Palivere_vallavalitsus, lk 3
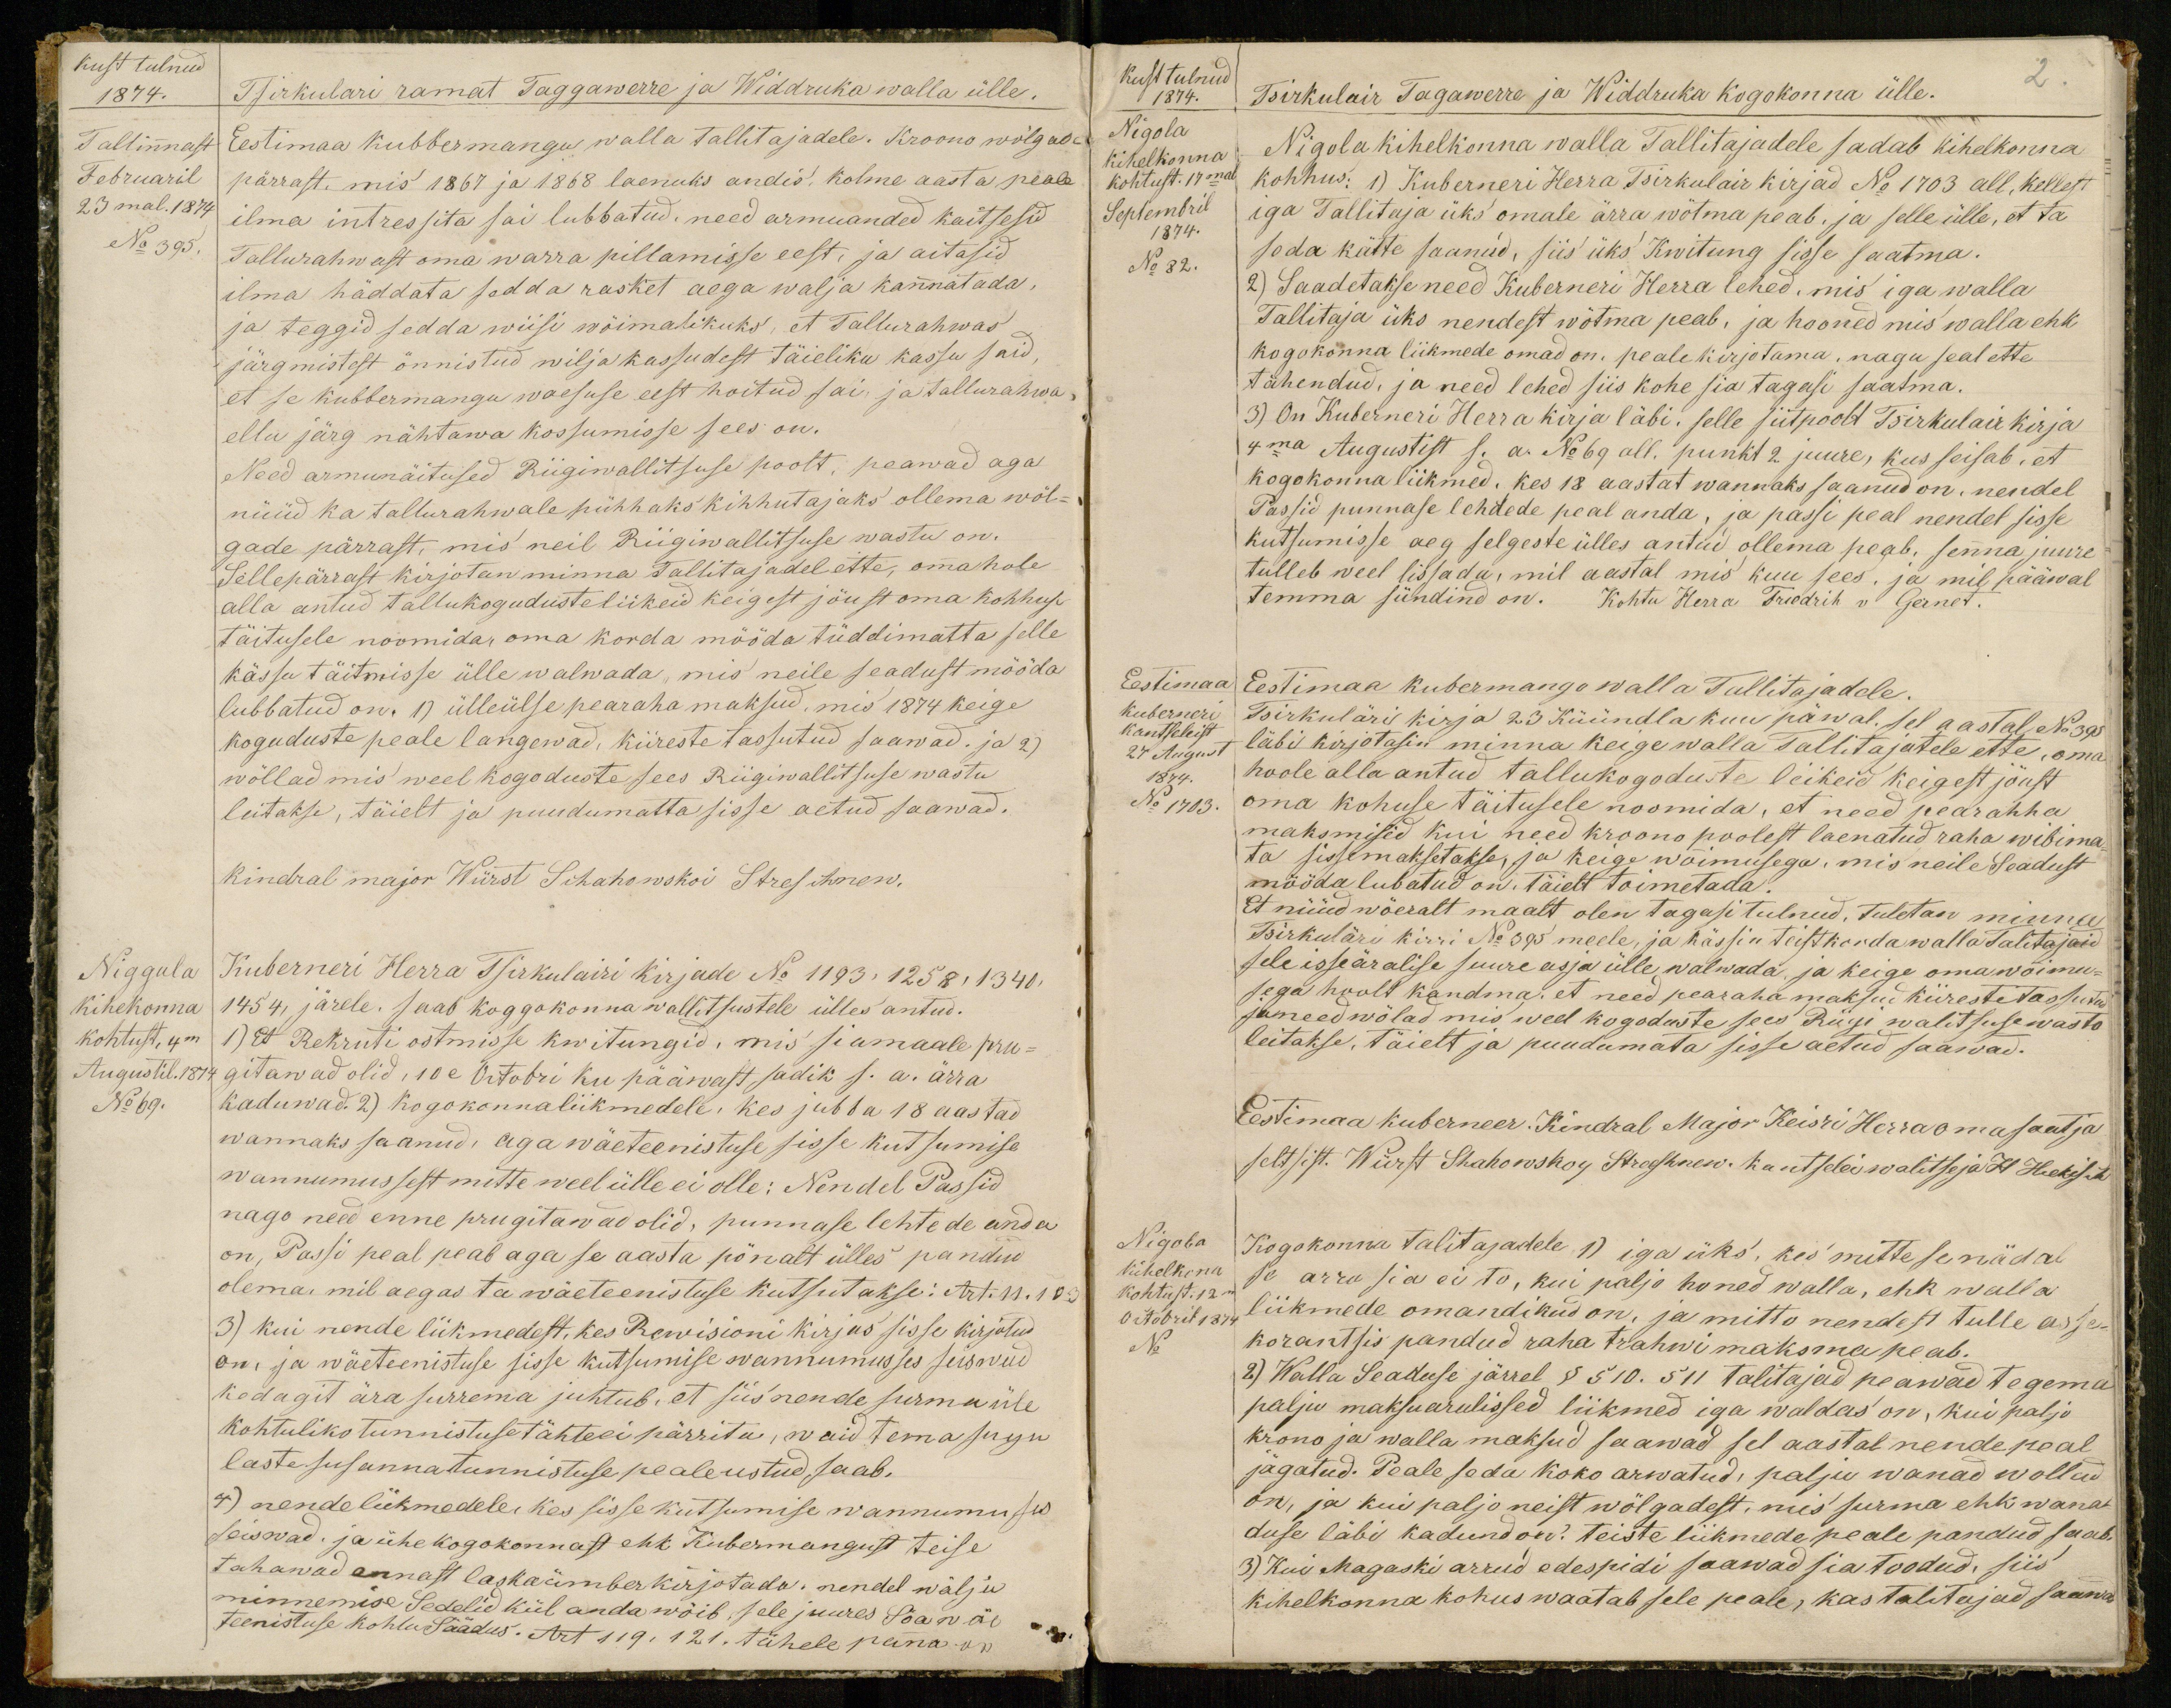
kust tulnud
1874.
Tallinnast
Februaril
23mal. 1874
No 395.
Tsirkulari ramat Taggawerre ja Widdruka walla ülle.
Eestimaa kubbermangu walla tallitajadele. Kroono wölgade
pärrast, mis 1867 ja 1868 laenuks andis. Kolme aasta peale
ilma intressita sai lubbatud. need armuanded kaitsesid
Tallurahwast oma warra pillamisse eest, ja aitasid
ilma häddata sedda rasket aega walja kannatada,
ja teggid sedda wiisi wöimalikuks, et Tallurahwas
järgmistest önnistud wilja kassudest täieliku kassu said
et se kubermangu waesuse eest hoitud sai, ja tallurahwa,
ellu järg nähtawa kossumisse sees on.
Need armunäitused Riigiwallitsuse poolt, peawad aga
nüüd ka tallurahwale pühhaks kihhutajaks ollema wöl-
gade pärrast, mis neil Riigiwallitsuse wastu on.
Sellepärrast kirjotan minna Tallitajadel ette, oma hole
alla antud tallukoguduste liikeid keigest jöust oma kohhuse
täitusele noomida, oma korda mööda tüddimatta selle
kässu täitmisse ülle walwada, mis neile seadust mööda
lubbatud on. 1) ülleülse pearaha maksud, mis 1874 keige
koguduste peale langewad, kiireste tassutud saawad, ja 2)
wöllad mis weel kogoduste sees Riigiwallitsuse wastu
leitakse, täiel ja puudumatta sisse aetud saawad.
kindral major Würst Sihahowskoi Stresihnow
Niggula
Kihekonna
kohtust, 4m
Augustil. 1874
No 69.
Kuberneri Herra Tsirkulairi kirjade No 1193, 1258, 1340,
1454, järele. saab koggokonna wallitsustele ülles antud.
1) Et Rekruti ostmisse kwitungid, mis siamaale pru-
gitawad olid, 10e Oktobri ku pääwast sadik s.a. ärra
kaduwad. 2) kogokonnaliikmedele, kes jubba 18 aastad
wannaks saanud, aga wäeteenistuse sisse kutsumise
wannumussest mitte weel ülle ei olle: Nendel Passid
nago need enne prugitawad olid, punnase lehtede anda
on, Passi peal peab aga se aasta pönalt ülles pandud
olema, mil aegas ta wäeteenistuse kutsutakse: Art. 11. 1857
3) kui nende liikmedest, kes Rewisioni kirjus sisse kirjotud
on, ja wäeteenistuse sisse kutsumise wannumusses seisnud
kedagit ära surrema juhtub, et siis nende surma üle
kohtuliko tunnistuse tähte ei pärritu, waid tema sugu
laste susannatunnistuse peale ustud saab.
4) nende liikmedele, kes sisse kutsumise wannumuses
seiswad. ja ühe kogokonnast ehk Kubermangust teise
tahawad ennast laska ümber kirjotada: nendel wälja
minnemise sedelid kül anda wõib. sele juures Söawäe
teenistuse kohtu säädus. Art 119, 121. tähele panna on

2.
kust tulnud
1874
Nigola
kihelkonna
kohtust. 17mal
Septembril
1874.
No 82.
Tsirkulair Tagawerre ja Widdruka kogokonna ülle.
Nigola Kihelkonna walla Tallitajadele sadab kihelkonnas
kohhus: 1) Kuberneri Herra Tsirkulair kirjad No 1703 all, kellest
iga Tallitaja üks omale ärra wötma peab, ja selle ülle, et ta
seda kätte saanud, siis üks Kwitung sisse saatma.
2) Saadetakse need Kuberneri Herra lehed, mis iga walla
Tallitaja üks nendest wõtma peab, ja hooned mis walla ehk
kogokonna liikmede omad on: peale kirjutama, nagu seal ette
tähendud, ja need lehed siis kohe sia tagasi saatma.
3) On Kuberneri Herra kirja läbi. selle siitpoolt Tsirkulair kirja
4ma Augustist s.a. No 69 all. punkt 2 juure, kus seisab, et
kogokonna liikmed, kes 18 aastat wannaks saanud on, nendel
Passid punnase lehdede peal anda, ja passi peal nendel sisse
kutsumisse aeg selgeste ülles antud ollema peab, senna juure
tulleb weel lissada, mil aastal mis kuu sees, ja mil pääwal
temma sündind on. Kohtu Herra Friedrich v Gerner.
Eestimaa
Kuberneri
kantseleist
27 August
1874.
No 1703
Eestimaa kubermangu walla Tallitajadele
Tsirkuläri kirja 23 Küündla kuu päwal. sel aastal No 395
läbi kirjotasin minna keige walla Tallitajatele ette, oma
hoole alla antud tallukogoduste liikeid keigest jöust
oma kohuse täitusele noomida, et need pearahha
maksmised kui need kroono poolest laenatud raha wibima-
ta sissemaksetakse, ja keige wõimusega, mis neile seadust
mööda lubatud on, täielt toimetada
Et nüüd wõeralt maalt olen tagasi tulnud, tuletan minna
Tsirkuläri kirri No 395 meele, ja kässin teist korda walla Talitajaid
sele isseäralise suure asja ülle walwada, ja keige oma wõimu-
sega hoolt kandma, et need pearaha maksud kiireste tassutud
ja need wölad mis weel kogoduste sees Riigi walitsuse wasto
leitakse, täielt ja puudumata sisse aetud saawad.
Eestimaa kuberneer. Kindral Major Keisri Herra oma saatja
seltsist. Würst Shahoroskoy Strosshnew. kantselei walitseja H. Hiekis A.
Nigola
Kihelkona
Kohtust: 12m
Octobril 1874
No
Kogokonna talitajadele 1) iga üks, kes mitte se nädal
se arru sia ei to, kui paljo honed walla, ehk walla
liikmede omandikud on, ja mitto nendest tulle asse-
korantsis pandud raha trahwi maksma peab.
2) Walla Seaduse järrel § 510. 511 talitajad peawad tegema
palju maksuarulissed liikmed iga waldas on, kui palju
krono ja walla maksud saawad sel aastal nende peal
jägatud. Peale seda koko arwatud, palju wanad wollad
on, ja kui paljo neist wölgadest, mis surma ehk wana-
duse läbi kadund on? Teiste liikmede peale pandud saab
3) Kui Magaski arrud edespidi saawad sia toodud, siis
kihelkonna kohus waatab sele peale, kas talitajad saawad